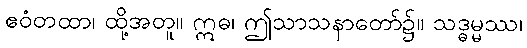
ဧဝံတထာ၊ ထို့အတူ။ ဣဓ၊ ဤသာသနာတော်၌။ သဒ္ဓမ္မဿ၊